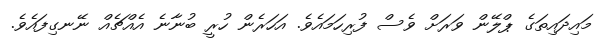
މައިދަައިތަގެ ޕްލޭން ވަރަށް ވެސް ފުރިހަމައެވެ. އަހަރެން ހުރީ ބުނާނެ އެއްޗެއްް ނޭނގިފައެވެ.